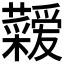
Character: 𮓇